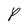
Character: P